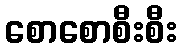
စောစောစီးစီး